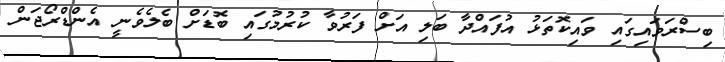
ބިސްރަވައިގައި ވައިކޮތަޅު އުފައްދާ ބަލި އަށް ފަރުވާ ކުރުމުގައި ބޮޑަށް ބެލެވެނީ އެންޑްރޯޖަން